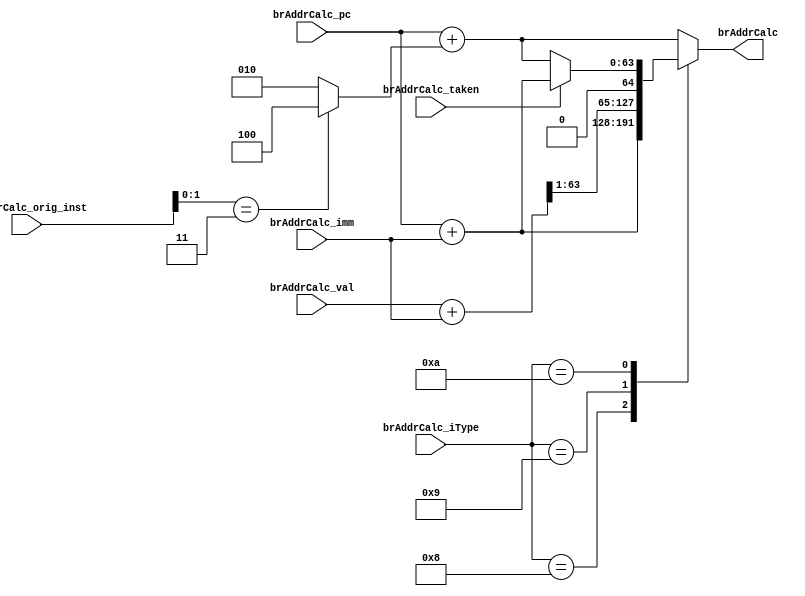
//
// Generated by Bluespec Compiler, version 2019.05.beta2 (build a88bf40db, 2019-05-24)
//
//
//
//
// Ports:
// Name                         I/O  size props
// brAddrCalc                     O    64
// brAddrCalc_pc                  I    64
// brAddrCalc_val                 I    64
// brAddrCalc_iType               I     5
// brAddrCalc_imm                 I    64
// brAddrCalc_taken               I     1
// brAddrCalc_orig_inst           I    32
//
// Combinational paths from inputs to outputs:
//   (brAddrCalc_pc,
//    brAddrCalc_val,
//    brAddrCalc_iType,
//    brAddrCalc_imm,
//    brAddrCalc_taken,
//    brAddrCalc_orig_inst) -> brAddrCalc
//
//

`ifdef BSV_ASSIGNMENT_DELAY
`else
  `define BSV_ASSIGNMENT_DELAY
`endif

`ifdef BSV_POSITIVE_RESET
  `define BSV_RESET_VALUE 1'b1
  `define BSV_RESET_EDGE posedge
`else
  `define BSV_RESET_VALUE 1'b0
  `define BSV_RESET_EDGE negedge
`endif

module module_brAddrCalc(brAddrCalc_pc,
			 brAddrCalc_val,
			 brAddrCalc_iType,
			 brAddrCalc_imm,
			 brAddrCalc_taken,
			 brAddrCalc_orig_inst,
			 brAddrCalc);
  // value method brAddrCalc
  input  [63 : 0] brAddrCalc_pc;
  input  [63 : 0] brAddrCalc_val;
  input  [4 : 0] brAddrCalc_iType;
  input  [63 : 0] brAddrCalc_imm;
  input  brAddrCalc_taken;
  input  [31 : 0] brAddrCalc_orig_inst;
  output [63 : 0] brAddrCalc;

  // signals for module outputs
  reg [63 : 0] brAddrCalc;

  // remaining internal signals
  wire [63 : 0] brAddrCalc_pc_PLUS_brAddrCalc_imm___d2,
		brAddrCalc_val_PLUS_brAddrCalc_imm__q1,
		fallthrough_incr__h28,
		pcPlusN__h29;

  // value method brAddrCalc
  always@(brAddrCalc_iType or
	  pcPlusN__h29 or
	  brAddrCalc_pc_PLUS_brAddrCalc_imm___d2 or
	  brAddrCalc_val_PLUS_brAddrCalc_imm__q1 or brAddrCalc_taken)
  begin
    case (brAddrCalc_iType)
      5'd8: brAddrCalc = brAddrCalc_pc_PLUS_brAddrCalc_imm___d2;
      5'd9:
	  brAddrCalc = { brAddrCalc_val_PLUS_brAddrCalc_imm__q1[63:1], 1'b0 };
      5'd10:
	  brAddrCalc =
	      brAddrCalc_taken ?
		brAddrCalc_pc_PLUS_brAddrCalc_imm___d2 :
		pcPlusN__h29;
      default: brAddrCalc = pcPlusN__h29;
    endcase
  end

  // remaining internal signals
  assign brAddrCalc_pc_PLUS_brAddrCalc_imm___d2 =
	     brAddrCalc_pc + brAddrCalc_imm ;
  assign brAddrCalc_val_PLUS_brAddrCalc_imm__q1 =
	     brAddrCalc_val + brAddrCalc_imm ;
  assign fallthrough_incr__h28 =
	     (brAddrCalc_orig_inst[1:0] == 2'b11) ? 64'd4 : 64'd2 ;
  assign pcPlusN__h29 = brAddrCalc_pc + fallthrough_incr__h28 ;
endmodule  // module_brAddrCalc